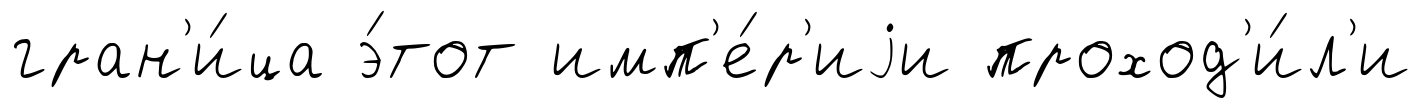
гран'и́ца э́тот имп'е́р'иjи проход'и́л'и